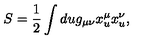
S = \frac { 1 } { 2 } \int d u g _ { \mu \nu } x _ { u } ^ { \mu } x _ { u } ^ { \nu } , \quad